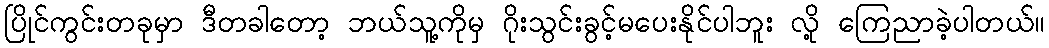
ပြိုင်ကွင်းတခုမှာ ဒီတခါတော့ ဘယ်သူ့ကိုမှ ဂိုးသွင်းခွင့်မပေးနိုင်ပါဘူး လို့ ကြေညာခဲ့ပါတယ်။